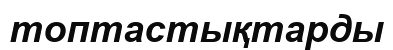
топтастықтарды